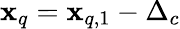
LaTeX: \mathbf{x}_{q}=\mathbf{x}_{q,1}-\Delta_{c}